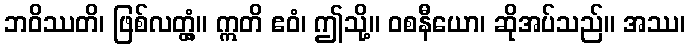
ဘဝိဿတိ၊ ဖြစ်လတ္တံ့။ ဣတိ ဧဝံ၊ ဤသို့။ ဝစနီယော၊ ဆိုအပ်သည်။ အဿ၊